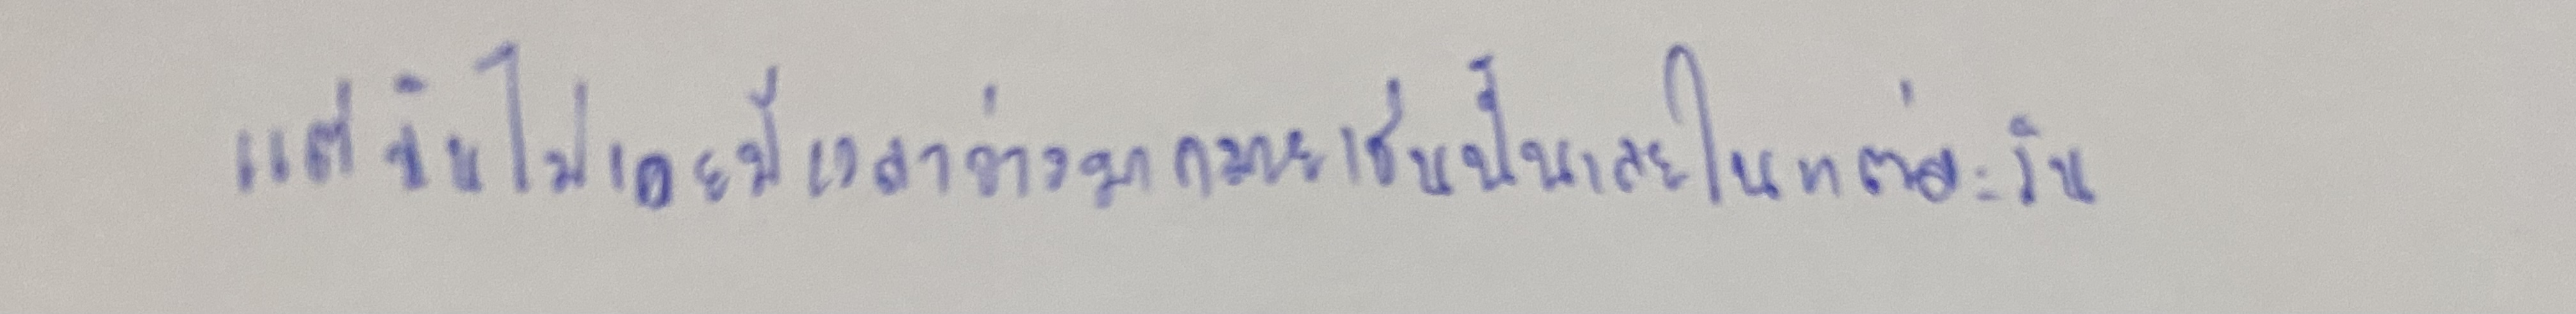
แต่ฉันไม่เคยมีเวลาว่างมากมายเช่นนั้นเลยในแต่ละวัน